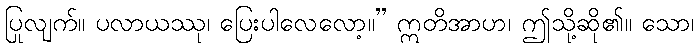
ပြုလျက်။ ပလာယဿု၊ ပြေးပါလေလော့။” ဣတိအာဟ၊ ဤသို့ဆို၏။ သော၊